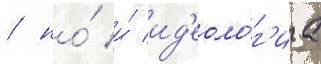
/ но́ и́ ид'еоло́г'иа